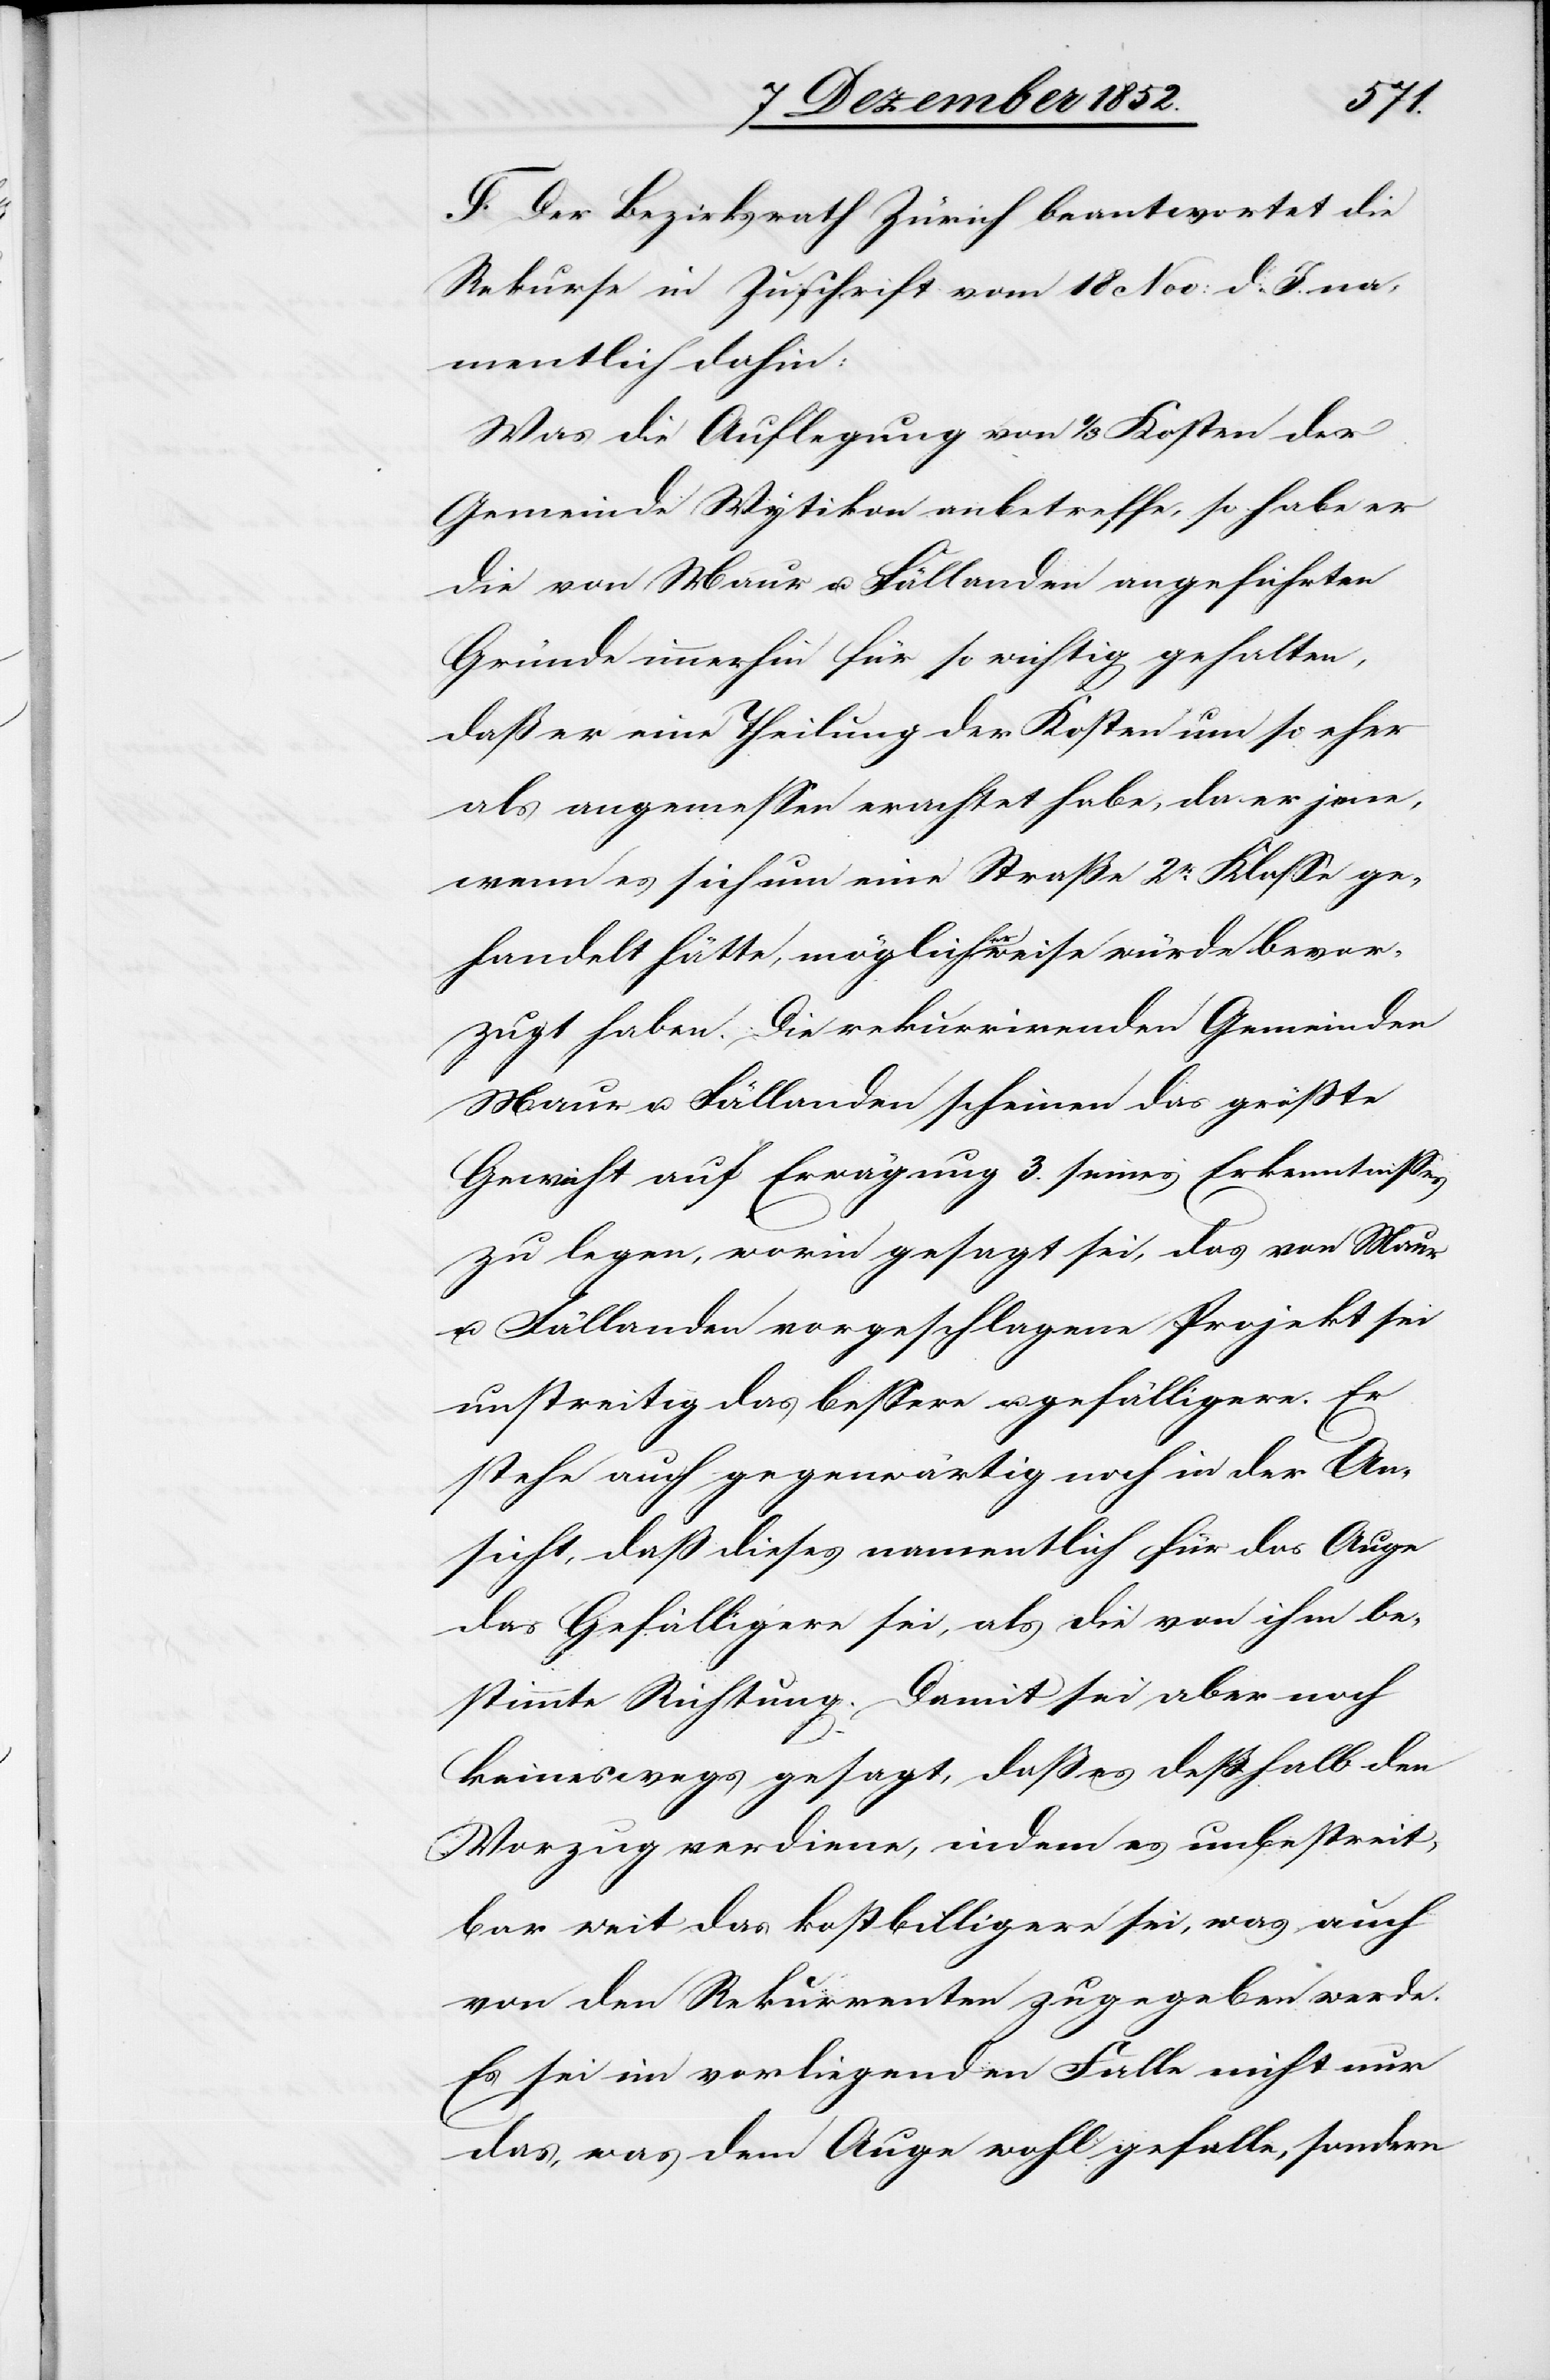
F. Der Bezirksrath Zürich beantwortet die
Rekurse in Zuschrift vom 18 Nov: d. J. na¬
mentlich dahin:
Was die Auflegung von 1/3 Kosten der
Gemeinde Wytikon anbetreffe, so habe er
die von Maur u. Fällanden angeführten
Gründe immerhin für so wichtig gehalten,
daß er eine Theilung der Kosten um so eher
als angemessen erachtet habe, da er jene,
wenn es sich um eine Straße 2r. Klasse ge¬
handelt hätte, möglicherweise würde bevor¬
zugt haben. Die rekurrirenden Gemeinden
Maur u. Fällanden scheinen das größte
Gewicht auf Erwägung 3. seines Erkenntnisses
zu legen, worin gesagt sei, das von Maur
u. Fällanden vorgeschlagene Projekt sei
unstreitig das bessere u. gefälligere. Er
stehe auch gegenwärtig noch in der An¬
sicht, daß dieses namentlich für das Auge
das Gefälligere sei, als die von ihm be¬
stimmte Richtung. Damit sei aber noch
keineswegs gesagt, daß es deßhalb den
Vorzug verdiene, indem es unbestreit¬
bar weit das kostbilligere sei, was auch
von den Rekurrenten zugegeben werde.
Es sei im vorliegenden Falle nicht nur
das, was dem Auge wohl gefalle, sondern